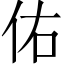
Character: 佑